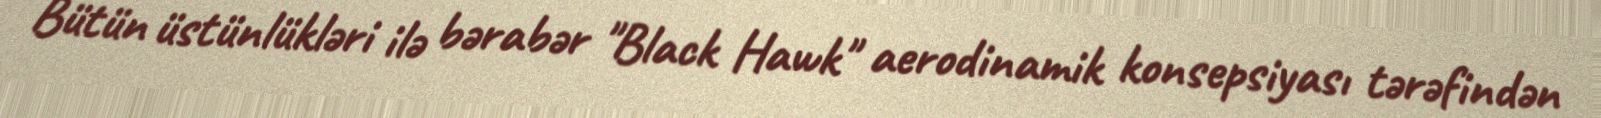
Bütün üstünlükləri ilə bərabər "Black Hawk" aerodinamik konsepsiyası tərəfindən